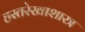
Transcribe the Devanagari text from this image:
हस्तरेखाशास्त्र